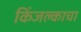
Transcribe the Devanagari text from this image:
किंजल्काचा